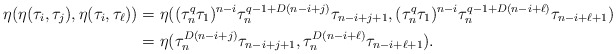
\begin{align*}\eta(\eta(\tau_i, \tau_j), \eta(\tau_i, \tau_\ell))&=\eta((\tau_n^q\tau_1)^{n-i}\tau_n^{q-1+D(n-i+j)}\tau_{n-i+j+1},(\tau_n^q\tau_1)^{n-i}\tau_n^{q-1+D(n-i+\ell)}\tau_{n-i+\ell+1})\\ &=\eta(\tau_n^{D(n-i+j)}\tau_{n-i+j+1},\tau_n^{D(n-i+\ell)}\tau_{n-i+\ell+1}).\end{align*}